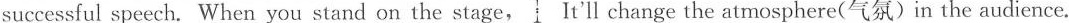
successful speech. When you stand on the stage, It'll change the atmosphere(气氛)in the audience.